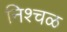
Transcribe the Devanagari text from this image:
निश्चळ